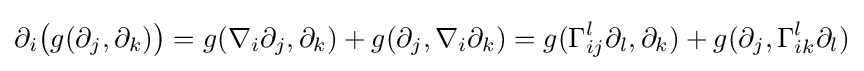
\partial _{i}{\bigl (}g(\partial _{j},\partial _{k}){\bigr )}=g(\nabla _{i}\partial _{j},\partial _{k})+g(\partial _{j},\nabla _{i}\partial _{k})=g(\Gamma _{ij}^{l}\partial _{l},\partial _{k})+g(\partial _{j},\Gamma _{ik}^{l}\partial _{l})